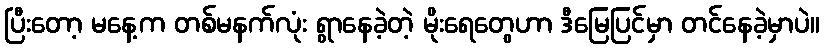
ပြီးတော့ မနေ့က တစ်မနက်လုံး ရွာနေခဲ့တဲ့ မိုးရေတွေဟာ ဒီမြေပြင်မှာ တင်နေခဲ့မှာပဲ။